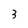
Character: 3